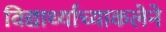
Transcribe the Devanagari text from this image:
विद्यार्थ्याच्याकलेने